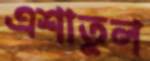
এশাতুল